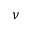
\nu